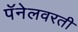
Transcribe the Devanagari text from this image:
पॅनेलवरती